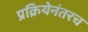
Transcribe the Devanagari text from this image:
प्रक्रियेनंतरच